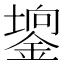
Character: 𨪄